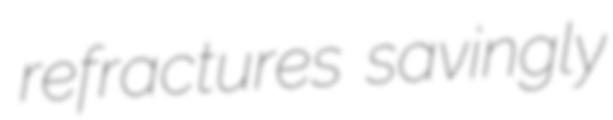
refractures savingly